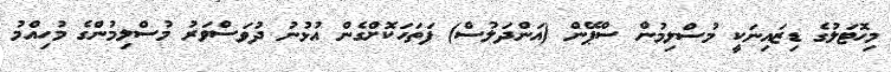
މިހޮޓަލުގެ ޑިޒައިނަކީ މުސްލިމުން ސްޕޭން (އަންދަލުސް) ފަތަހަކޮށްގެން އުޅުނު ދުވަސްވަރު މުސްލިމުންގެ މުހިއްމު